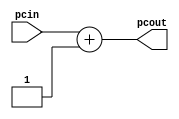
`timescale 1ns / 1ps
/*
Names: Beverly Abadines (004737953), Kyle Lee (005054981)
Term: Spring 2016
Class: CSE 401
Module: incrementer.v
Lab: 1
Date: April 21, 2016

Implements a incrementer that adds 1 to an input and outputs
the incremented value.
*/

module incrementer(
	output wire [31:0] pcout,
	input  wire [31:0] pcin
    );
		
	assign pcout = pcin + 1;

endmodule